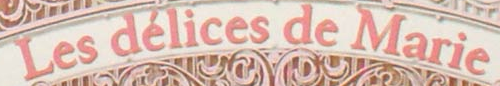
Les delices de Marie